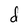
Character: d